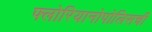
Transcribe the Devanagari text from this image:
फ्लोरियानोपोलिसची